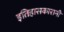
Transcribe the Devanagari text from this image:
इतिहासकारानी